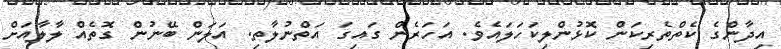
އިދާންގެ ކެތްތެރިކަން ކޮޅުންލިކަހަލައެވެ. އަހަރެން ގައިގަ އަތްނުލާތި. އަލަން ބޭނުން ގޮތެއް ލާލާއަށް